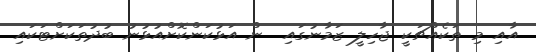
އާއި މި ތަކެއްޗަކީ ޖާހިލީ ޒަމާނުގައި  ން އަޅުކަންކޮށްއުޅުނު ބުދުތަކަށްޓަކައި